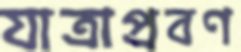
যাত্রাপ্রবণ